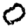
Digit: 0